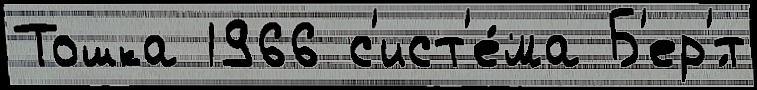
Тошка 1966 с'ист'е́ма Б'ер'́т